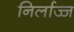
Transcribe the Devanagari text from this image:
निर्लाज्ज